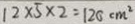
1 2 \times 5 \times 2 = 1 2 0 c m ^ { 2 }